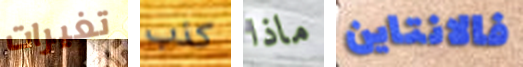
تغيرات كذب ماذا فالانتاين